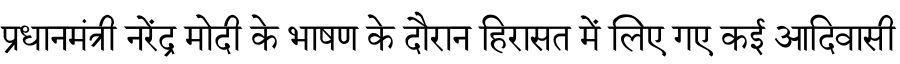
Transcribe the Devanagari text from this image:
प्रधानमंत्री नरेंद्र मोदी के भाषण के दौरान हिरासत में लिए गए कई आदिवासी